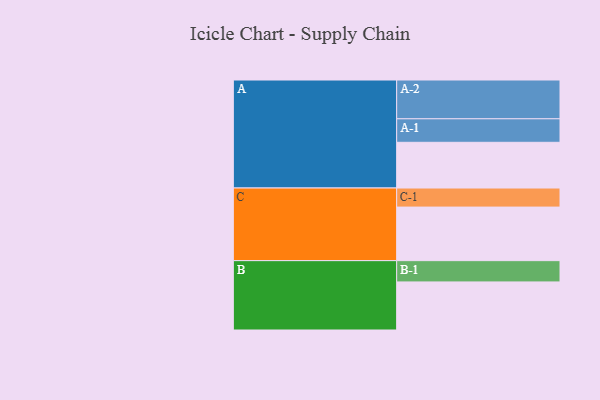
{"axis": {"x": "Segment", "y": "Value"}, "legend": ["", "A", "B", "C"], "data": [{"x": "A", "y": 350, "type": ""}, {"x": "B", "y": 368, "type": ""}, {"x": "C", "y": 410, "type": ""}, {"x": "A-1", "y": 180, "type": "A"}, {"x": "A-2", "y": 297, "type": "A"}, {"x": "B-1", "y": 163, "type": "B"}, {"x": "C-1", "y": 146, "type": "C"}]}